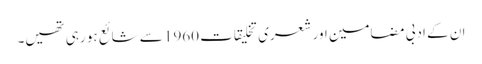
ان کے ادبی مضامین اور شعری تخلیقات 1960 سے شائع ہو رہی تھیں۔